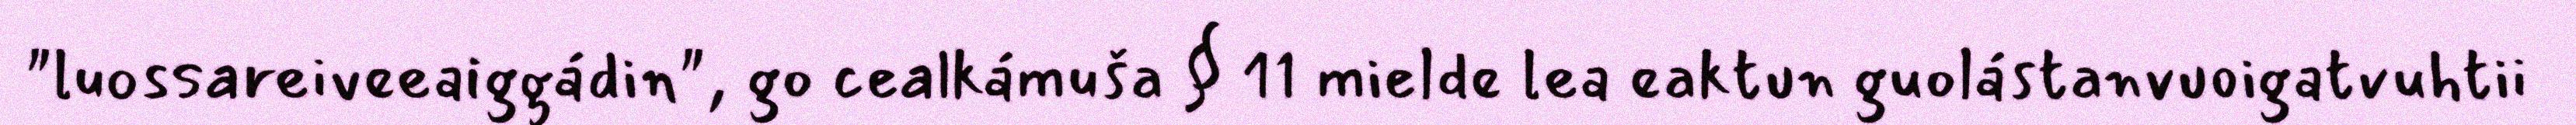
"luossareiveeaiggádin", go cealkámuša § 11 mielde lea eaktun guolástanvuoigatvuhtii